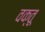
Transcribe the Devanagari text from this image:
वक्तू